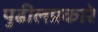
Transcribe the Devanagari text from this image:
पुढीलप्रकारे